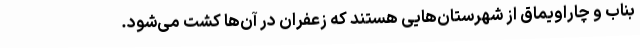
بناب و چاراویماق از شهرستان‌هایی هستند که زعفران در آن‌ها کشت می‌شود.